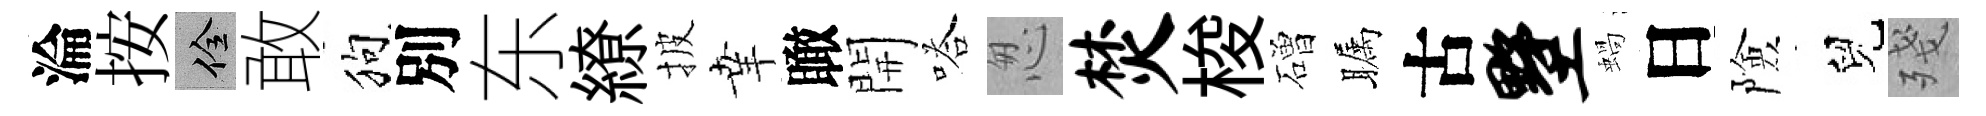
淪按佺敢狗別东繚披𦍒瞰開嗒怱焚梭磳瞩古墅蝸日險兒殘